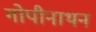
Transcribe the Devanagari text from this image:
गोपीनाथन